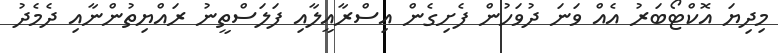
މިދިޔަ އޮކްޓޯބަރު އެއް ވަނަ ދުވަހުން ފެށިގެން އިސްރާއީލާއި ފަލަސްތީނު ރައްޔިތުންނާއި ދެމެދު